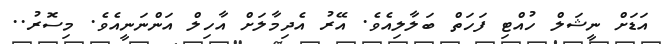
އަޑަށް ނީޝަލް ހުއްޓި ފަހަތް ބަލާލިއެވެ. އޭރު އެދިމާލަށް އާހިލް އަންނަނީއެވެ. މިސޮރު..